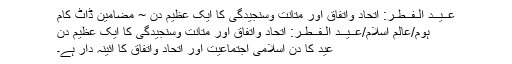
عــیــد الـفــطـر: اتحاد واتفاق اور متانت وسنجیدگی کا ایک عظیم دن ~ مضامین ڈاٹ کام
ہوم/عالم اسلام/عــیــد الـفــطـر: اتحاد واتفاق اور متانت وسنجیدگی کا ایک عظیم دن
عید کا دن اسلامی اجتماعیت اور اتحاد واتفاق کا آئینہ دار ہے۔